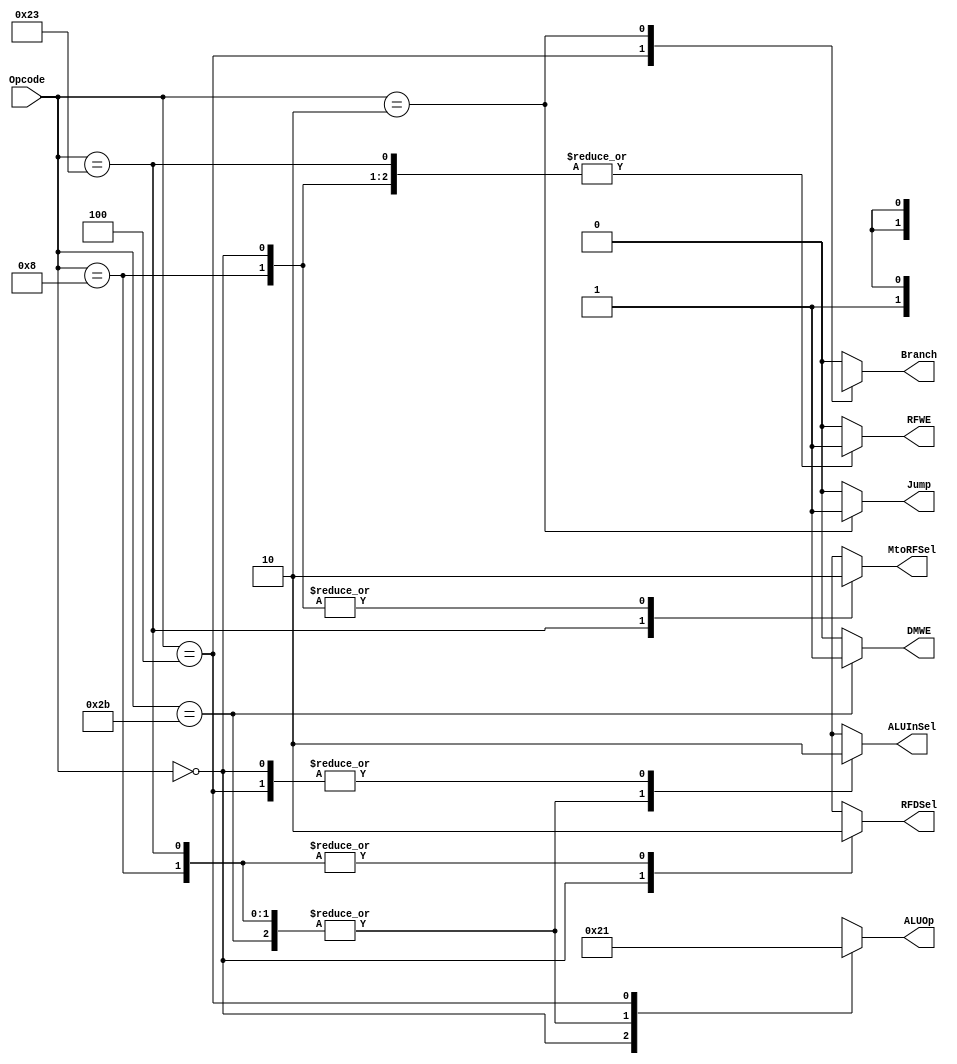
`timescale 1ns / 1ps

module MainDecoder #(parameter AWL = 6, DWL = 32, DEPTH = 2**AWL)
                    (input [AWL-1:0] Opcode,
                     output reg [AWL-5:0] ALUOp,
                     output reg MtoRFSel, DMWE, 
                                Branch, ALUInSel, 
                                RFDSel, RFWE, Jump);
    
    always @ (*) begin
        case (Opcode)
        
            // R-type Instructions
            6'b000000: begin
                ALUOp = 2'b10; // Look at Function code
                MtoRFSel = 1'b0;
                DMWE = 1'b0; 
                Branch = 1'b0; 
                ALUInSel = 1'b0; 
                RFDSel = 1'b1; 
                RFWE = 1'b1;
                Jump = 1'b0;
            end
            
            // I-type Instructions
            // LW
            6'b100011: begin
                ALUOp = 2'b00; // Addition
                MtoRFSel = 1'b1;
                DMWE = 1'b0; 
                Branch = 1'b0; 
                ALUInSel = 1'b1; 
                RFDSel = 1'b0; 
                RFWE = 1'b1;
                Jump = 1'b0;
            end
            // SW
            6'b101011: begin // Addition
                ALUOp = 2'b00;
                MtoRFSel = 1'bx;
                DMWE = 1'b1; 
                Branch = 1'b0; 
                ALUInSel = 1'b1; 
                RFDSel = 1'bx; 
                RFWE = 1'b0;
                Jump = 1'b0;
            end
            // ADDI
            6'b001000: begin
                ALUOp = 2'b00; // Addition
                MtoRFSel = 1'b0;
                DMWE = 1'b0; 
                Branch = 1'b0; 
                ALUInSel = 1'b1; 
                RFDSel = 1'b0; 
                RFWE = 1'b1;
                Jump = 1'b0;
            end
            // BEQ
            6'b000100: begin
                ALUOp = 2'b01; // Subtraction
                MtoRFSel = 1'bx;
                DMWE = 1'b0; 
                Branch = 1'b1; 
                ALUInSel = 1'b0; 
                RFDSel = 1'bx; 
                RFWE = 1'b0;
                Jump = 1'b0;
            end
            
            // J-type Instructions
            // Jump
            6'b000010: begin
                ALUOp = 2'bx;
                MtoRFSel = 1'bx;
                DMWE = 1'b0; 
                Branch = 1'bx; 
                ALUInSel = 1'bx; 
                RFDSel = 1'bx; 
                RFWE = 1'b0;
                Jump = 1'b1;
            end
            
            default: begin
                ALUOp = 2'bx;
                MtoRFSel = 1'bx;
                DMWE = 1'b0; 
                Branch = 1'b0; 
                ALUInSel = 1'bx; 
                RFDSel = 1'bx; 
                RFWE = 1'b0;
                Jump = 1'b0;
            end
        endcase
    end
    
endmodule